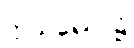
ဣသရေလ၌